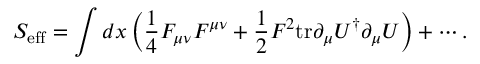
S _ { \mathrm { e f f } } = \int d x \left( { \frac { 1 } { 4 } } F _ { \mu \nu } F ^ { \mu \nu } + { \frac { 1 } { 2 } } F ^ { 2 } \mathrm { t r } \partial _ { \mu } U ^ { \dagger } \partial _ { \mu } U \right) + \cdots .